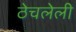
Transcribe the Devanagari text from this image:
ठेचलेली